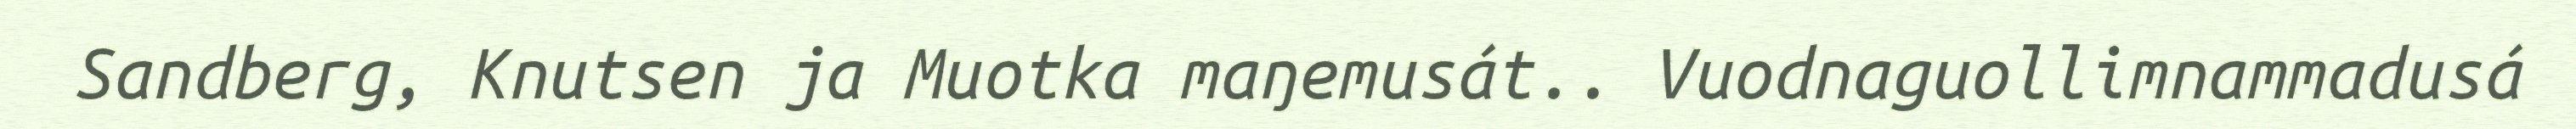
Sandberg, Knutsen ja Muotka maŋemusát.. Vuodnaguollimnammadusá